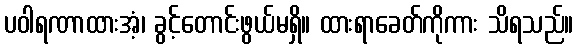
ပဝါရဏာထားအံ့၊ ခွင့်တောင်းဖွယ်မရှိ။ ထားရာခေတ်ကိုကား သိရသည်။